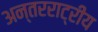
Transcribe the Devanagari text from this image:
अन्तरराट्रीय